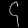
Digit: ၄